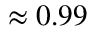
\approx 0 . 9 9